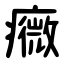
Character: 癓